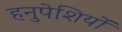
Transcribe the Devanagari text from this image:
हनुपेशियों